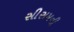
સીસમની